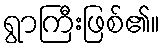
ရွာကြီးဖြစ်၏။